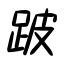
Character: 跛